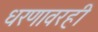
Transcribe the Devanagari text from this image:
धरणावरही